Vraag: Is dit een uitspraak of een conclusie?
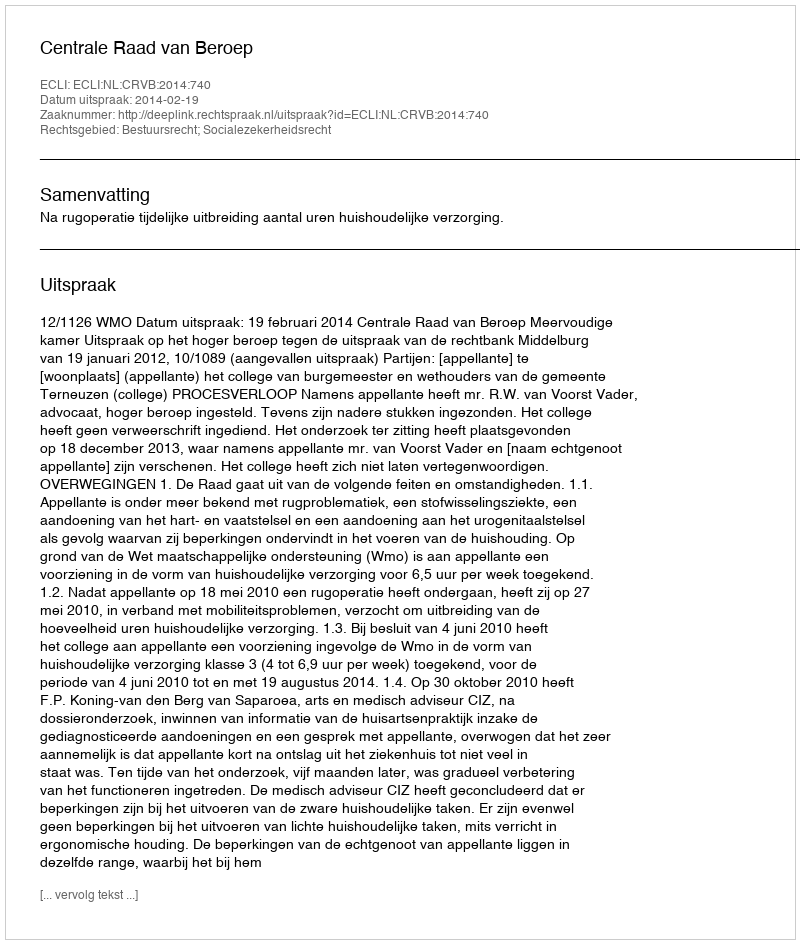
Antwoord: Uitspraak